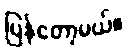
ပြန်တော့မယ်။